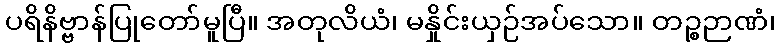
ပရိနိဗ္ဗာန်ပြုတော်မူပြီ။ အတုလိယံ၊ မနှိုင်းယှဉ်အပ်သော။ တဉ္စဉာဏံ၊